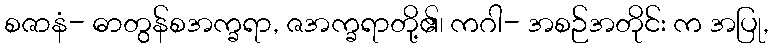
စဇာနံ- ဓာတွန်စအက္ခရာ, ဇအက္ခရာတို့၏၊ ကဂါ- အစဉ်အတိုင်း က အပြု,